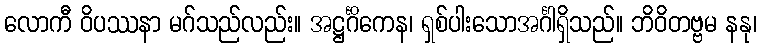
လောကီ ဝိပဿနာ မဂ်သည်လည်း။ အဋ္ဌင်္ဂိကေန၊ ရှစ်ပါးသောအင်္ဂါရှိသည်။ ဘိဝိတဗ္ဗမ နနု၊